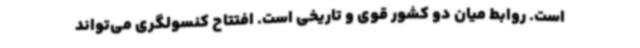
است. روابط میان دو کشور قوی و تاریخی است. افتتاح کنسولگری می‌تواند